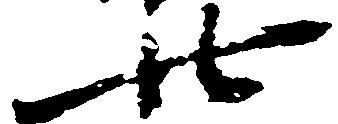
廿